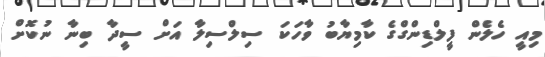
މިއީ ހެލެން ފީލްޑިންގްގެ ކާމިޔާބު ވާހަކަ ސިލްސިލާ އަށް ސީދާ ބިނާ ނުކޮށް